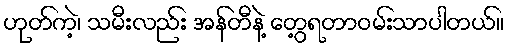
ဟုတ်ကဲ့၊ သမီးလည်း အန်တီနဲ့ တွေ့ရတာဝမ်းသာပါတယ်။